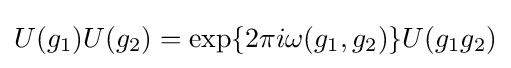
U(g_{1})U(g_{2})=\exp\{2\pi i\omega (g_{1},g_{2})\}U(g_{1}g_{2})